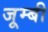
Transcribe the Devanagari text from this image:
जूम्बी